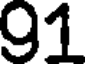
91